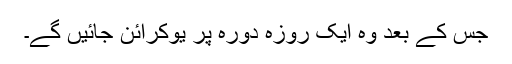
جس کے بعد وہ ایک روزہ دورہ پر یوکرائن جائیں گے۔